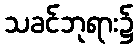
သခင်ဘုရား၌